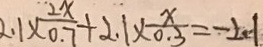
2 . 1 \times \frac { 2 x } { 0 . 7 } + 2 . 1 \times \frac { x } { 0 . 3 } = - 2 . 1